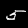
Label: 5